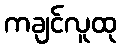
ကချင်လူထု